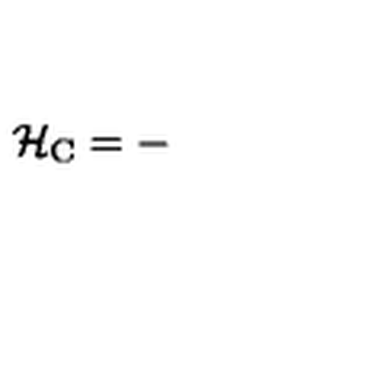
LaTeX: { \cal H } _ { \mathrm { C } } = -